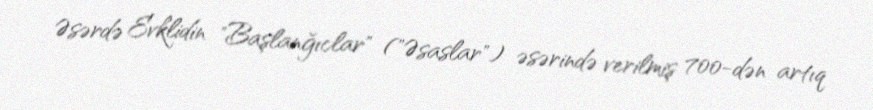
Əsərdə Evklidin "Başlanğıclar" ("Əsaslar") əsərində verilmiş 700-dən artıq